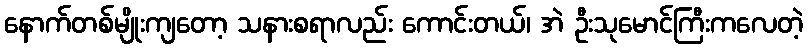
နောက်တစ်မျိုးကျတော့ သနားစရာလည်း ကောင်းတယ်၊ အဲ ဦးသုမောင်ကြီးကလေတဲ့